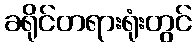
ခရိုင်တရားရုံးတွင်